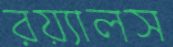
রয়্যালস